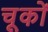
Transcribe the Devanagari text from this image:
चू्कों